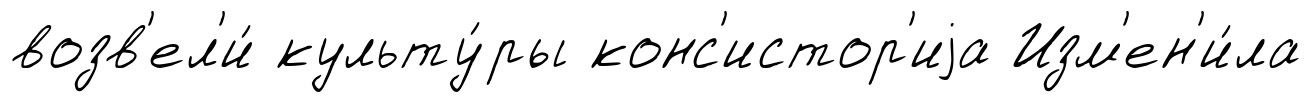
возв'ел'и́ культу́ры конс'истор'иjа Изм'ен'и́ла